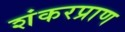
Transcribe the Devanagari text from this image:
शंकरप्राण